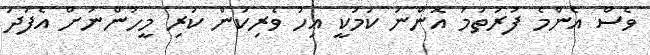
ވެސް އެންމެ ފުރަތަމަ އޮންނަ ކަމަކީ އިހު ވެރިކަން ކުރި މީހުންނަށް އެފަދަ